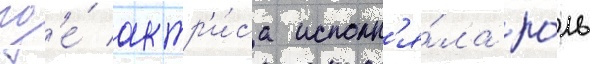
гд'е́ актр'и́са исполн'я́ла ро́ль